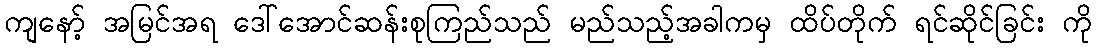
ကျနော့် အမြင်အရ ဒေါ်အောင်ဆန်းစုကြည်သည် မည်သည့်အခါကမှ ထိပ်တိုက် ရင်ဆိုင်ခြင်း ကို